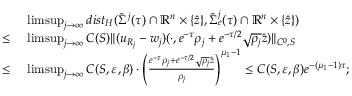
\begin{array} { r l } & { \ \operatorname* { l i m s u p } _ { j \to \infty } d i s t _ { H } ( \bar { \Sigma } ^ { j } ( \tau ) \cap \mathbb { R } ^ { n } \times \{ \hat { z } \} , \bar { \Sigma } _ { e } ^ { j } ( \tau ) \cap \mathbb { R } ^ { n } \times \{ \hat { z } \} ) } \\ { \leq } & { \ \operatorname* { l i m s u p } _ { j \to \infty } C ( S ) \| ( u _ { R _ { j } } - w _ { j } ) ( \cdot , e ^ { - \tau } \rho _ { j } + e ^ { - \tau / 2 } \sqrt { \rho _ { j } } \hat { z } ) \| _ { C ^ { 0 } , S } } \\ { \leq } & { \ \operatorname* { l i m s u p } _ { j \to \infty } C ( S , \varepsilon , \beta ) \cdot \left( \frac { e ^ { - \tau } \rho _ { j } + e ^ { - \tau / 2 } \sqrt { \rho _ { j } } \hat { z } } { \rho _ { j } } \right) ^ { \mu _ { 1 } - 1 } \leq C ( S , \varepsilon , \beta ) e ^ { - ( \mu _ { 1 } - 1 ) \tau } ; } \end{array}